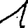
Digit: 1